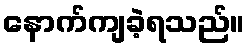
နောက်ကျခဲ့ရသည်။